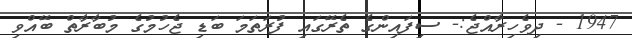
1947 - ދިވެހިރާއްޖެ:- ސިފައިންގެ ތެރޭގައި ފުރަތަމަ ބަޑި ޖެހުމުގެ މުބާރާތް ބޭއްވި